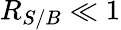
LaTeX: R_{S/B}\ll 1